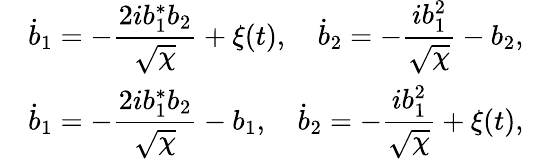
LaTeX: \begin{array}{rlr}&{\displaystyle\dot{b}_{1}=-\frac{2ib_{1}^{*}b_{2}}{\sqrt{\chi}}+\xi(t),\quad\displaystyle\dot{b}_{2}=-\frac{ib_{1}^{2}}{{\sqrt{\chi}}}-b_{2},}&\\ &{\displaystyle\dot{b}_{1}=-\frac{2ib_{1}^{*}b_{2}}{\sqrt{\chi}}-b_{1},\quad\displaystyle\dot{b}_{2}=-\frac{ib_{1}^{2}}{{\sqrt{\chi}}}+\xi(t),}&\end{array}